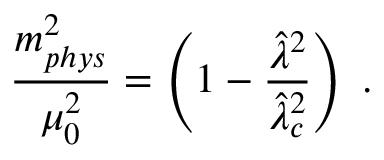
\frac { m _ { p h y s } ^ { 2 } } { \mu _ { 0 } ^ { 2 } } = \left( 1 - \frac { { { \hat { \lambda } ^ { 2 } } } } { { { \hat { \lambda } } _ { c } ^ { 2 } } } \right) \; .